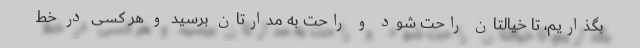
بگذاریم، تا خیالتان راحت شود و راحت به مدارتان برسید و هر کسی در خط